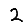
Digit: 2